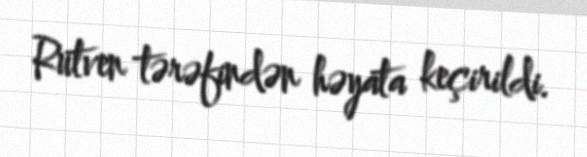
Rutven tərəfindən həyata keçirildi.